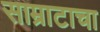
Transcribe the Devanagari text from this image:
साम्राटाचा